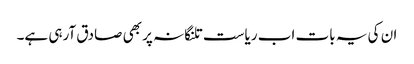
ان کی یہ بات اب ریاست تلنگانہ پر بھی صادق آرہی ہے۔